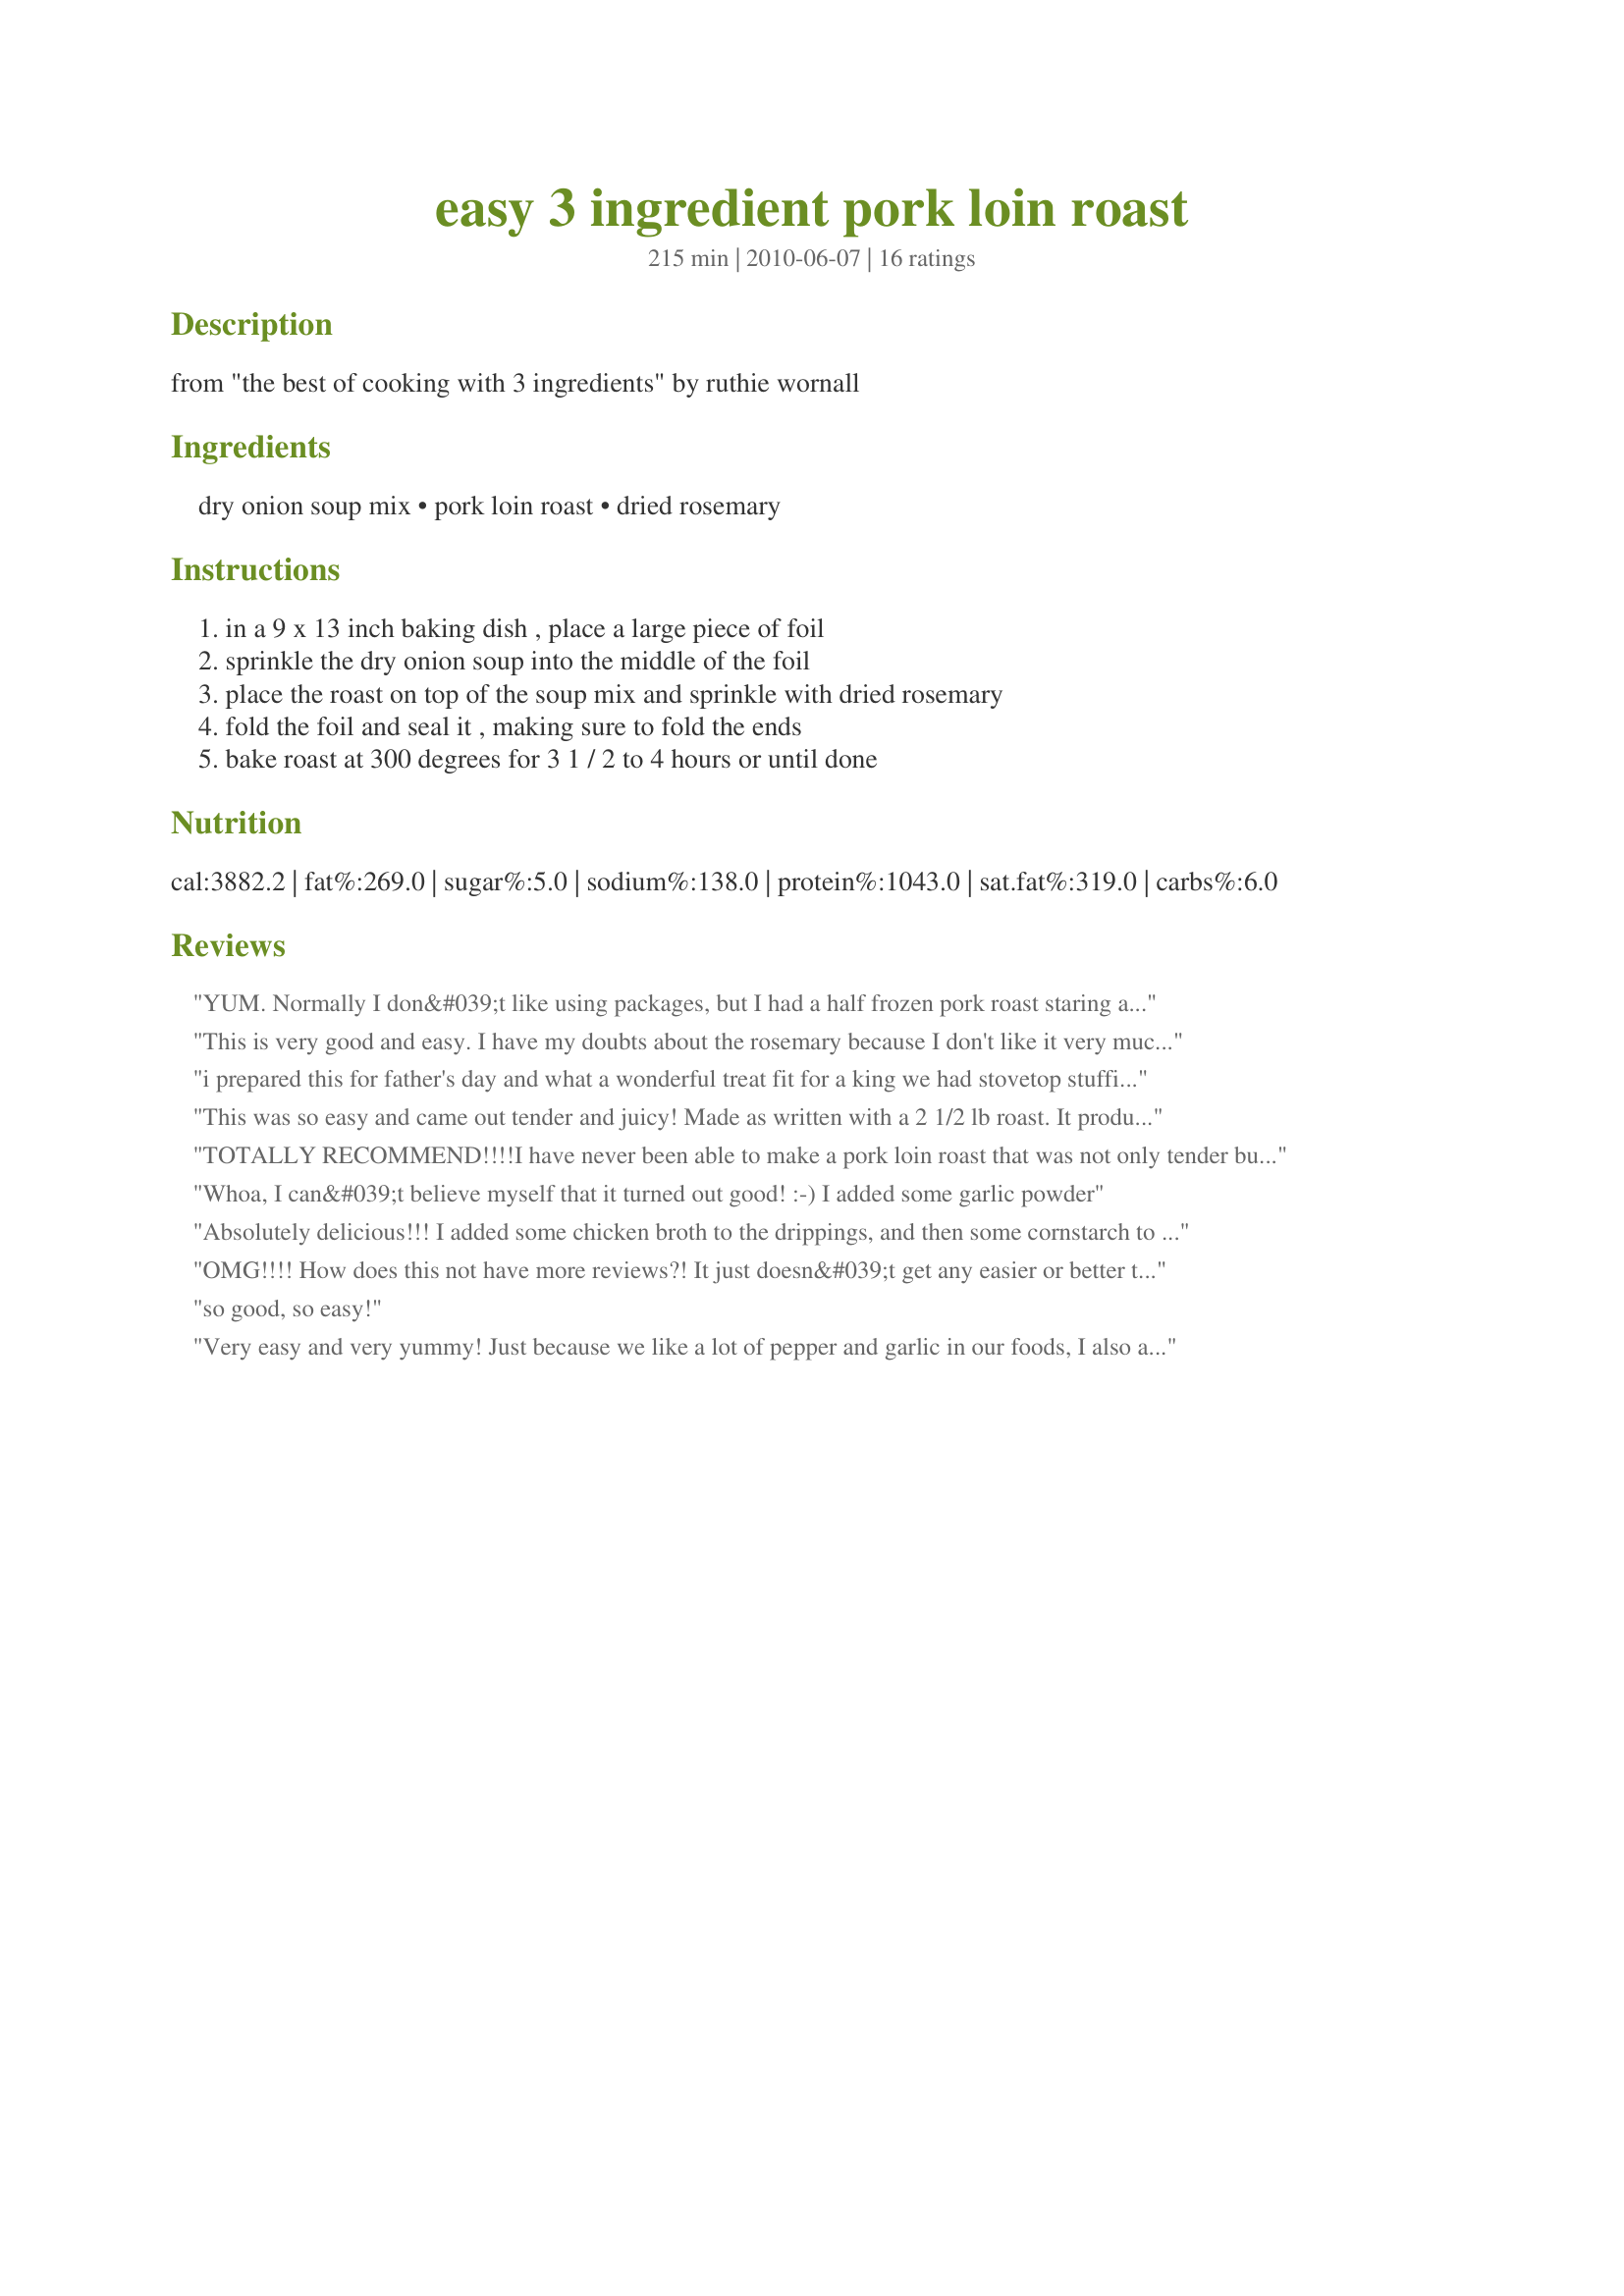
easy 3 ingredient pork loin roast
Preparation time: 215 minutes

from "the best of cooking with 3 ingredients" by ruthie wornall

Ingredients:
dry onion soup mix, pork loin roast, dried rosemary

Steps:
in a 9 x 13 inch baking dish , place a large piece of foil, sprinkle the dry onion soup into the middle of the foil, place the roast on top of the soup mix and sprinkle with dried rosemary, fold the foil and seal it , making sure to fold the ends, bake roast at 300 degrees for 3 1 / 2 to 4 hours or until done

Reviews:
YUM. Normally I don&#039;t like using packages, but I had a half frozen pork roast staring at me and this recipe sounded perfect and it was. I didn&#039;t use the pork juices because the meat was juicy enough. Thanks for a great recipe.
This is very good and easy. I have my doubts about the rosemary because I don't like it very much but the flavor blended in great and made a great roast. Made for Spring 2011 PAC.
i prepared this for father's day and what a wonderful treat fit for a king we had stovetop stuffing for pork and peas father was very pleased we will make this again so wonderful and sooo easy
This was so easy and came out tender and juicy! Made as written with a 2 1/2 lb roast. It produced a lot of juice that I mixed with a little cornstarch slurry to thicken into a gravy. Made for I Recommend Holiday Tag.
TOTALLY RECOMMEND!!!!<br/>I have never been able to make a pork loin roast that was not only tender but juicy. THIS RECIPE IS THE BOMB! I was a little skeptical on zero water but it was extremely juicy and I reserved some of the juices and made a gravy with it to top on the mashed potatoes that I had made to accompany the roast. I put the roast in just before going to church and it was ready when I served up our Sunday dinner. LOVE IT! Thanks for sharing this recipe.
Whoa, I can&#039;t believe myself that it turned out good! :-) I added some garlic powder
Absolutely delicious!!! I added some chicken broth to the drippings, and then some cornstarch to thicken it.
OMG!!!! How does this not have more reviews?! It just doesn&#039;t get any easier or better than this! We used fresh rosemary, but other than that followed the recipe. I will probably never make a pork tenderloin any other way! I was nervous about not adding any liquid...but the other reviewers were right! None needed! There was so much juice when it was done! I made gravy by thickening the juices first with about 2 tsp cornstarch mixed into tablespoon of water. It was kind of salty and I wanted more gravy anyways to go with our mashed potatoes, so I added about 3/4 of a cup of milk and another 2 tsp cornstarch mixed into a tblsp of water...let it boil until it was thickened...and it was PERFECT!! I cannot get over how tender the meat turned out--it just fell apart and flaked so easily! I may do this method with just salt and pepper in the future to use with some BBQ sauce to make BBQ pork. Have no doubts...try this recipe! You will love it!!!!
so good, so easy!
Very easy and very yummy! Just because we like a lot of pepper and garlic in our foods, I also added this as well (I don't measure, I just add what appears to be the "right amount." Pairs very nice with garlic mashed potatoes. Thank you!
Hey! I just wanted to give an up date. I made this again but with Lipton's mushroom onion soup mix and it is FANTASTIC!!!!! I waited the four hours like in the recipe. still well worth the wait!
Wonderful & soooo easy too! Just doesn't get any better that that, right? Actually, this is almost the identical recipe for cooking a pork loin that I was given by a meat market butcher years ago when neighborhood meat markets still existed. His secret was to sprinkle or roll the roast with a packet of pork gravy mix and add some rosemary and fresh cracked black pepper if you like. Pork gravy mix is still available, but you may have to look in the store brands as it is not as common as it once was. Serve with fried apples or chilled applesauce.
I have to say this is one of the best tenderloins we have done. This is an excellent meal!
So easy! I had a 2.25lb loin - put it in for 65 min covered, 15 uncovered and dried mine out a bit, but the flavors was plenty and good for my first try cooking this type of meat! Thanks for this recipe. The only thing I plan to change in the future is my cook time. Saved
This recipe was easy and good. Meat was tender and I made gravy with the drippings.
I made this roast recently and it was very tender; however, I didn&#039;t like the fact that it was not browned and the onion soup was a bit of a disaster in taste. Next time I will brown the roast and use some dried herbs.
